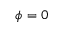
\phi = 0